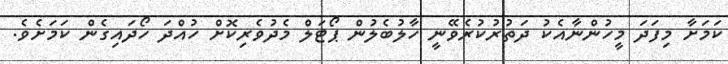
ކަމަށާ މިފަދަ މީހުންނާއެކު ދަތުރުކުރެވޭނީ ހާލުބެލުން ޕޯޓަލް މެދުވެރިކޮށް ހުއްދަ ހޯދައިގެން ކަމަށެވެ.